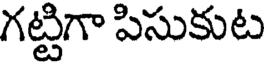
గట్టిగా పిసుకుట